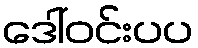
ဒေါ်ဝင်းပပ